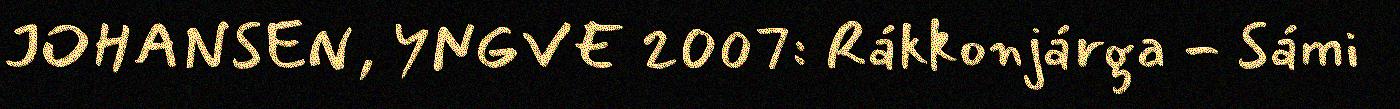
JOHANSEN, YNGVE 2007: Rákkonjárga - Sámi